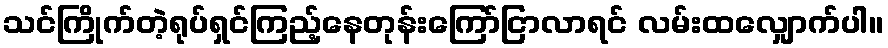
သင်ကြိုက်တဲ့ရုပ်ရှင်ကြည့်နေတုန်းကြော်ငြာလာရင် လမ်းထလျှောက်ပါ။